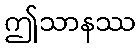
ဤသာနဿ